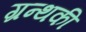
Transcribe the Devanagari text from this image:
ग्रन्थकी